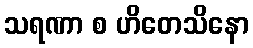
သရဏာ စ ဟိတေသိနော